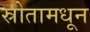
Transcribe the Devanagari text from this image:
स्रोतामधून